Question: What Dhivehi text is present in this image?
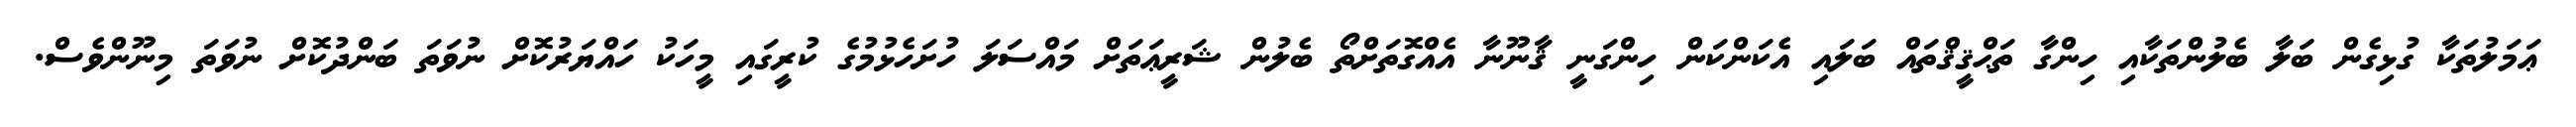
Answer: ޢަމަލުތަކާ ގުޅިގެން ބަލާ ބެލުންތަކާއި ހިންގާ ތަޙްޤީޤްތައް ބަލައި އެކަންކަން ހިންގަނީ ޤާނޫނާ އެއްގޮތަށްތޯ ބެލުން ޝަރީޢަތަށް މައްސަލަ ހުށަހެޅުމުގެ ކުރީގައި މީހަކު ހައްޔަރުކޮށް ނުވަތަ ބަންދުކޮށް ނުވަތަ މިނޫންވެސް.